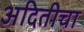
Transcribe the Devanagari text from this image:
अदितीचा